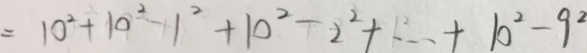
= 1 0 ^ { 2 } + 1 0 ^ { 2 } - 1 ^ { 2 } + 1 0 ^ { 2 } - 2 ^ { 2 } + \cdots + 1 0 ^ { 2 } - 9 ^ { 2 }